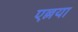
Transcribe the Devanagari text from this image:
एल्लया